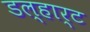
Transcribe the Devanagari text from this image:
डल्हार्ट